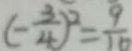
( - \frac { 3 } { 4 } ) ^ { 2 } = \frac { 9 } { 1 6 }